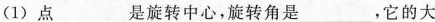
(1)点___是旋转中心，旋转角是___，它的大